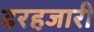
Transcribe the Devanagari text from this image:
दरहजारी